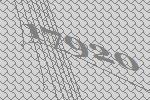
17920